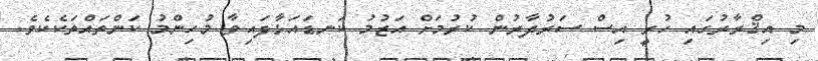
މި އިޤްރާރުގައި ހުރީ އިސް ސަރުދާރުން ކުރުމަށް އަޒުމު ކަނޑައަޅާފައިވާ މުހިންމު ކަންތައްތަކެކެވެ.